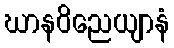
ဃာနဝိညေယျာနံ